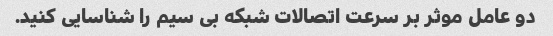
دو عامل موثر بر سرعت اتصالات شبکه بی سیم را شناسایی کنید.